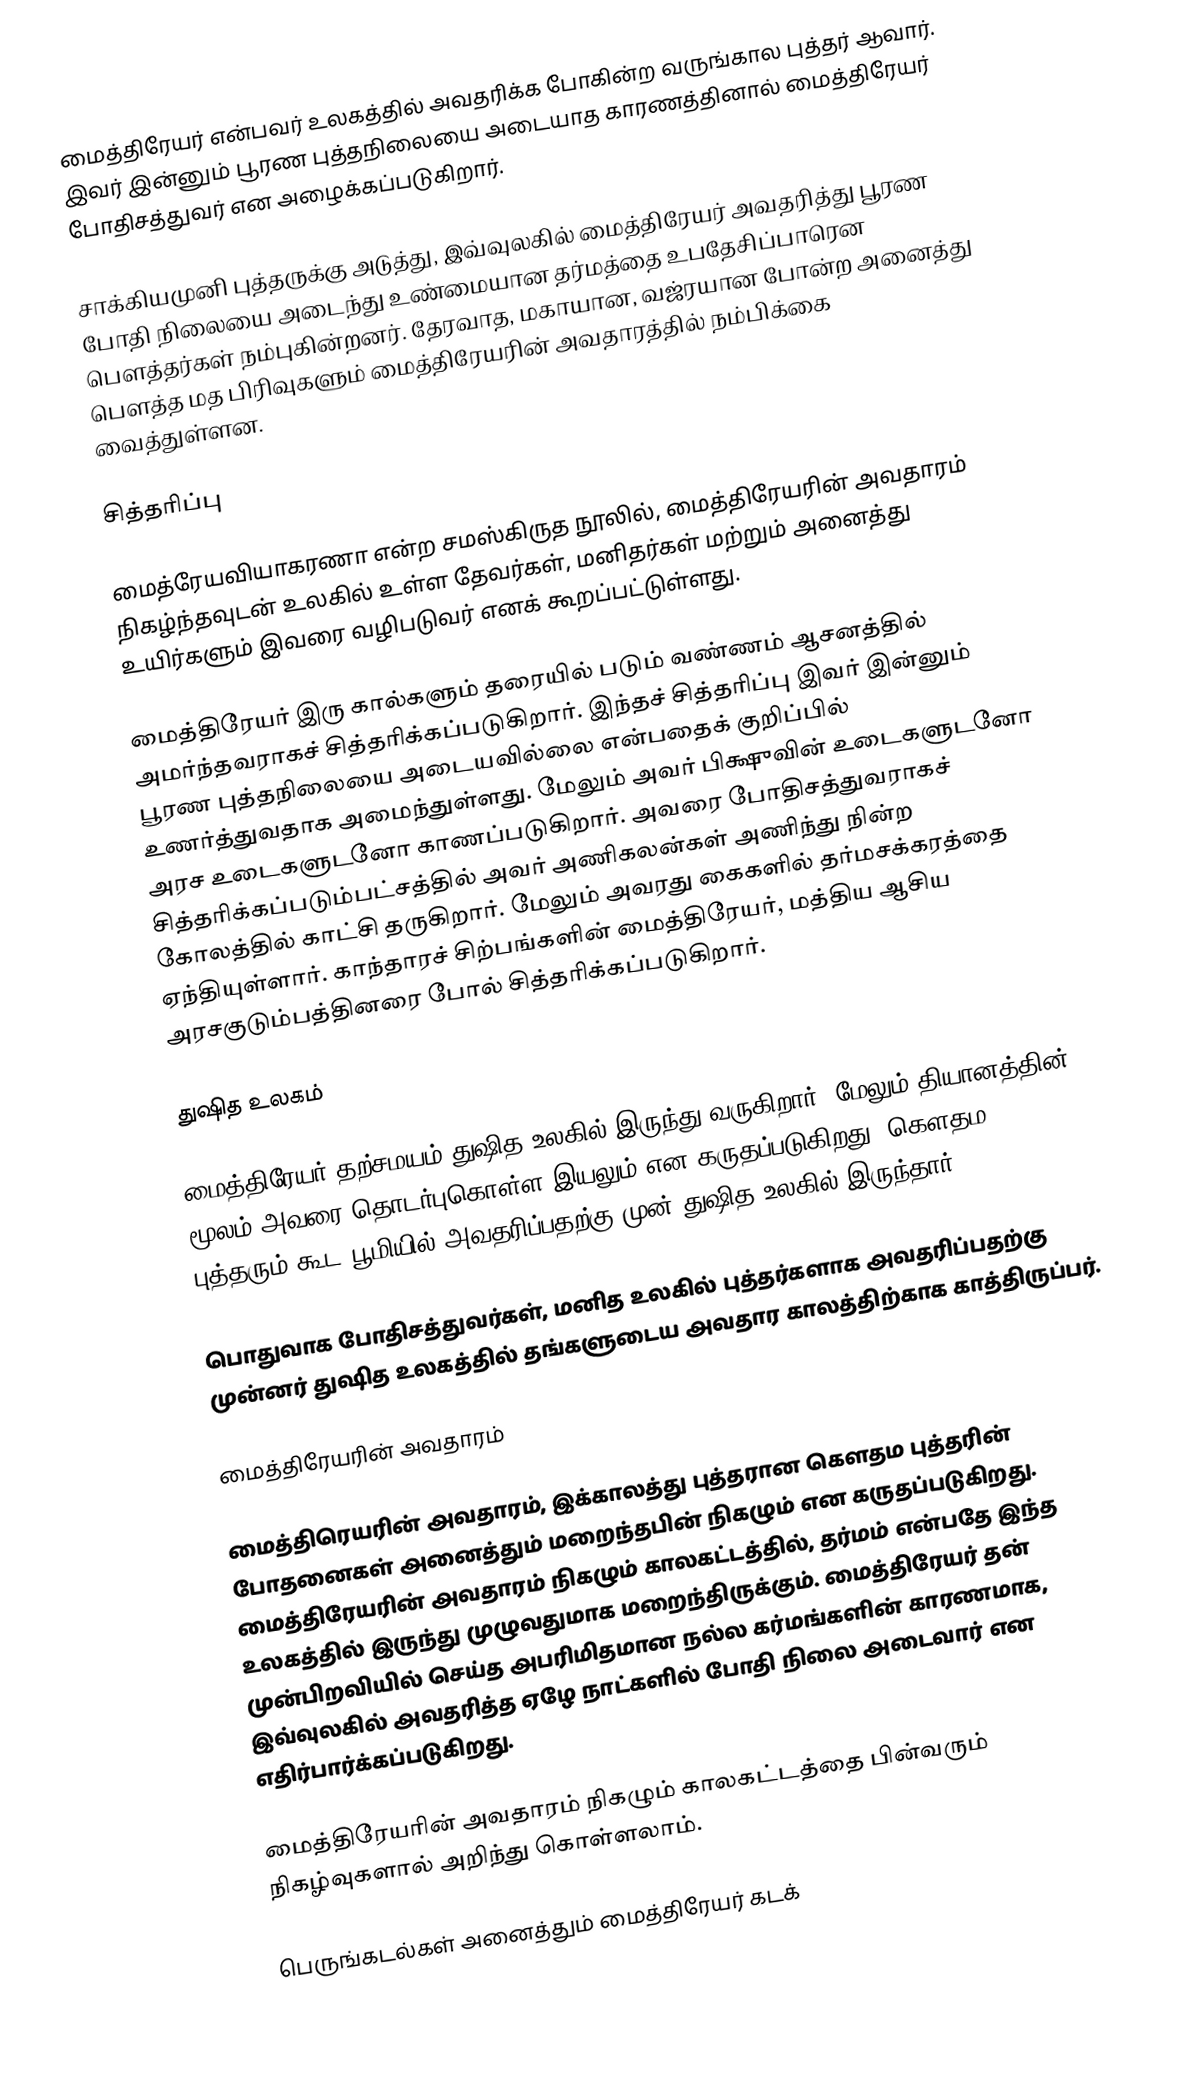
மைத்திரேயர் என்பவர் உலகத்தில் அவதரிக்க போகின்ற வருங்கால புத்தர் ஆவார். இவர் இன்னும் பூரண புத்தநிலையை அடையாத காரணத்தினால் மைத்திரேயர் போதிசத்துவர் என அழைக்கப்படுகிறார்.

சாக்கியமுனி புத்தருக்கு அடுத்து, இவ்வுலகில் மைத்திரேயர் அவதரித்து பூரண போதி நிலையை அடைந்து உண்மையான தர்மத்தை உபதேசிப்பாரென பௌத்தர்கள் நம்புகின்றனர். தேரவாத, மகாயான, வஜ்ரயான போன்ற அனைத்து பௌத்த மத பிரிவுகளும் மைத்திரேயரின் அவதாரத்தில் நம்பிக்கை வைத்துள்ளன.

சித்தரிப்பு

மைத்ரேயவியாகரணா என்ற சமஸ்கிருத நூலில், மைத்திரேயரின் அவதாரம் நிகழ்ந்தவுடன் உலகில் உள்ள தேவர்கள், மனிதர்கள் மற்றும் அனைத்து உயிர்களும் இவரை வழிபடுவர் எனக் கூறப்பட்டுள்ளது.

மைத்திரேயர் இரு கால்களும் தரையில் படும் வண்ணம் ஆசனத்தில் அமர்ந்தவராகச் சித்தரிக்கப்படுகிறார். இந்தச் சித்தரிப்பு இவர் இன்னும் பூரண புத்தநிலையை அடையவில்லை என்பதைக் குறிப்பில் உணர்த்துவதாக அமைந்துள்ளது. மேலும் அவர் பிக்ஷுவின் உடைகளுடனோ அரச உடைகளுடனோ காணப்படுகிறார். அவரை போதிசத்துவராகச் சித்தரிக்கப்படும்பட்சத்தில் அவர் அணிகலன்கள் அணிந்து நின்ற கோலத்தில் காட்சி தருகிறார். மேலும் அவரது கைகளில் தர்மசக்கரத்தை ஏந்தியுள்ளார். காந்தாரச் சிற்பங்களின் மைத்திரேயர், மத்திய ஆசிய அரசகுடும்பத்தினரை போல் சித்தரிக்கப்படுகிறார்.

துஷித உலகம்

மைத்திரேயர் தற்சமயம் துஷித உலகில் இருந்து வருகிறார். மேலும் தியானத்தின் மூலம் அவரை தொடர்புகொள்ள இயலும் என கருதப்படுகிறது. கௌதம புத்தரும் கூட பூமியில் அவதரிப்பதற்கு முன் துஷித உலகில் இருந்தார்.

பொதுவாக போதிசத்துவர்கள், மனித உலகில் புத்தர்களாக அவதரிப்பதற்கு முன்னர் துஷித உலகத்தில் தங்களுடைய அவதார காலத்திற்காக காத்திருப்பர்.

மைத்திரேயரின் அவதாரம்

மைத்திரெயரின் அவதாரம், இக்காலத்து புத்தரான கௌதம புத்தரின் போதனைகள் அனைத்தும் மறைந்தபின் நிகழும் என கருதப்படுகிறது. மைத்திரேயரின் அவதாரம் நிகழும் காலகட்டத்தில், தர்மம் என்பதே இந்த உலகத்தில் இருந்து முழுவதுமாக மறைந்திருக்கும். மைத்திரேயர் தன் முன்பிறவியில் செய்த அபரிமிதமான நல்ல கர்மங்களின் காரணமாக, இவ்வுலகில் அவதரித்த ஏழே நாட்களில் போதி நிலை அடைவார் என எதிர்பார்க்கப்படுகிறது.

மைத்திரேயரின் அவதாரம் நிகழும் காலகட்டத்தை பின்வரும் நிகழ்வுகளால் அறிந்து கொள்ளலாம்.

 பெருங்கடல்கள் அனைத்தும் மைத்திரேயர் கடக்